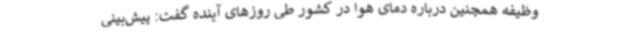
وظیفه همچنین درباره دمای هوا در کشور طی روزهای آینده گفت: پیش‌بینی